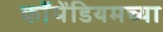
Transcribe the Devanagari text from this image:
काँपेंडियमच्या